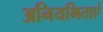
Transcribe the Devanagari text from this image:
अनियमिताएं